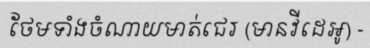
ថែមទាំងចំណាយមាត់ជេរ (មានវីដេអូ) -